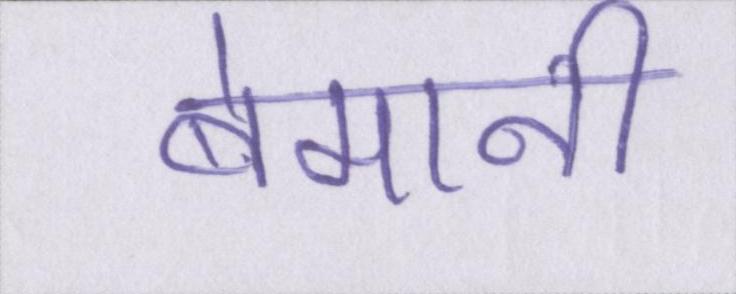
बेमानी